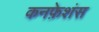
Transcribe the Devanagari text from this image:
कनफ़ेशंस